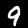
Digit: 9